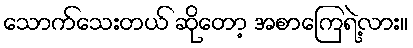
သောက်သေးတယ် ဆိုတော့ အစာကြေရဲ့လား။